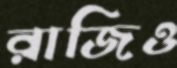
রাজিও